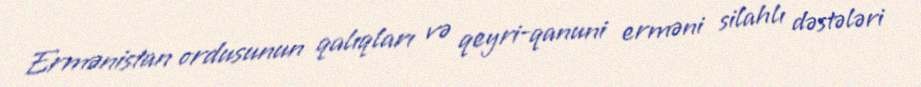
Ermənistan ordusunun qalıqları və qeyri-qanuni erməni silahlı dəstələri